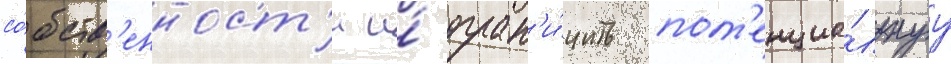
со́бств'енност'и и́ огран'и́чить пот'енциа́льнуу